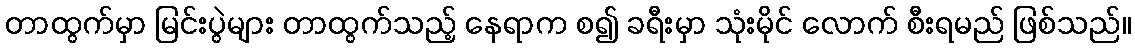
တာထွက်မှာ မြင်းပွဲများ တာထွက်သည့် နေရာက စ၍ ခရီးမှာ သုံးမိုင် လောက် စီးရမည် ဖြစ်သည်။